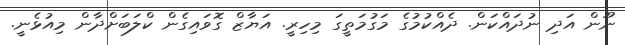
ނޫން އަދި ނުދައްކަން. ދެއްކުމުގެ މަގުމަތީގަ މިހިރީ. އަޔާޒް ގޮވައިގެން ކްލަބަށްދާން މިއުޅެނީ.